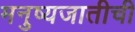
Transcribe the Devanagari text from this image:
मनुष्यजातीची